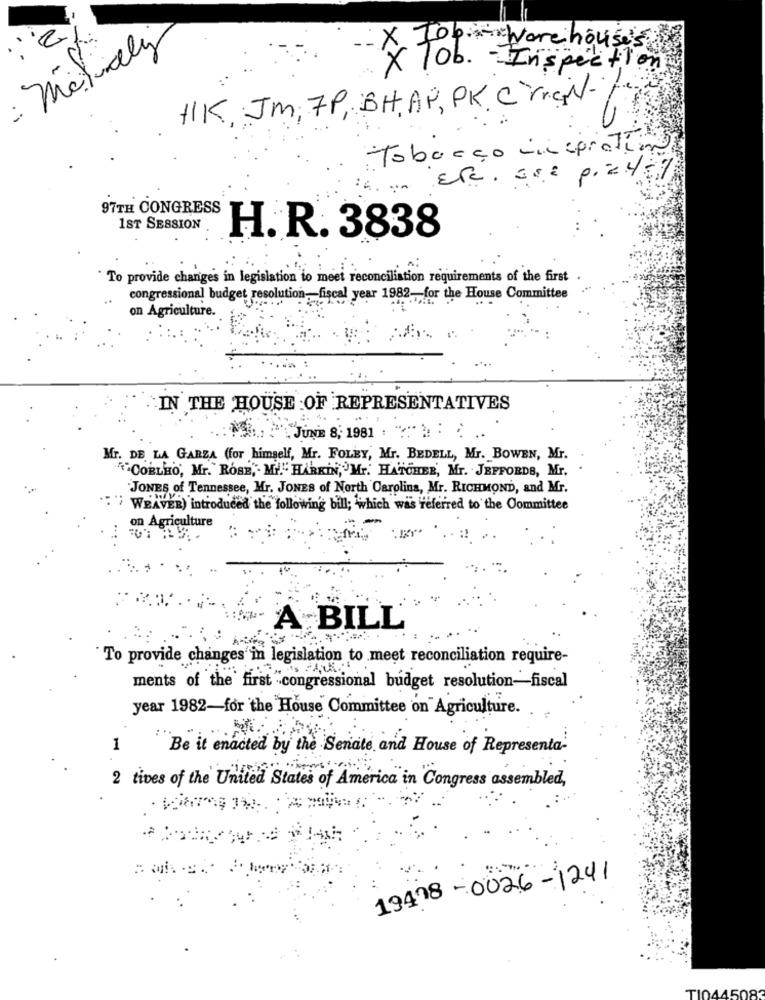
: Michaely
X Top Ware house's
x Tob. - Inspection
HK Jm, FP, BH,AP, PK C'erai-
Tobacco inspiration
Etc. are przy5%
: 4.
97TH CONGRESS
1ST SESSION
H. R. 3838
" To provide changes in legislation to meet reconciliation requirements of the first
congressional budget resolution, fiscal year 1982.for the House Committee
on Agriculture.
IN THE HOUSE OF REPRESENTATIVES
MI: "JUNE 8; 1981 . ":" .. . .
Mr. DE LA GARZA (for himself, Mr. FOLEY, Mr. BEDELL, Mr. BOWEN, Mr.
"""COELHO, Mr. ROSE, . MY." HARKIN,'Mr. HATCHEE, Mr. JEFFORDS, Mr.
JONES of Tennessee, Mr. JONES of North Carolina, Mr. RICHMOND, and Mr.
" WEAVER) introduced the following bill; which was referred to the Committee
on Agriculture
A BILL
"To provide changes in legislation to meet reconciliation require-
ments of the first congressional budget resolution-fiscal
year 1982-for the House Committee on Agriculture.
1
Be it enacted by the Senate and House of Representa-
2 tives of the United States of America in Congress assembled,
19418-0026-1241
TIO